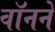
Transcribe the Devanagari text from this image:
वॉनने